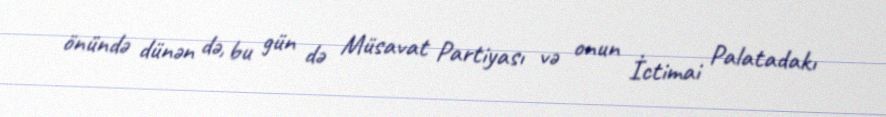
önündə dünən də, bu gün də Müsavat Partiyası və onun İctimai Palatadakı